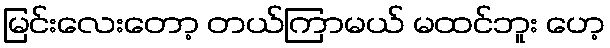
မြင်းလေးတော့ တယ်ကြာမယ် မထင်ဘူး ဟေ့